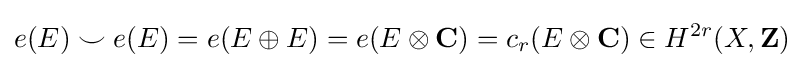
e(E)\smile e(E)=e(E\oplus E)=e(E\otimes \mathbf {C} )=c_{r}(E\otimes \mathbf {C} )\in H^{2r}(X,\mathbf {Z} )